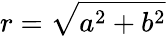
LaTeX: r={\sqrt{a^{2}+b^{2}}}